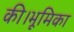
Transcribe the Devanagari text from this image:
की।भूमिका